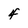
Character: 4